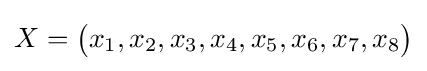
X={\begin{pmatrix}x_{1},x_{2},x_{3},x_{4},x_{5},x_{6},x_{7},x_{8}\\\end{pmatrix}}